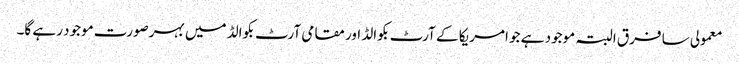
معمولی سا فرق البتہ موجود ہے جو امریکا کے آرٹ بکوالڈ اور مقامی آرٹ بکوالڈ میں بہرصورت موجود رہے گا۔